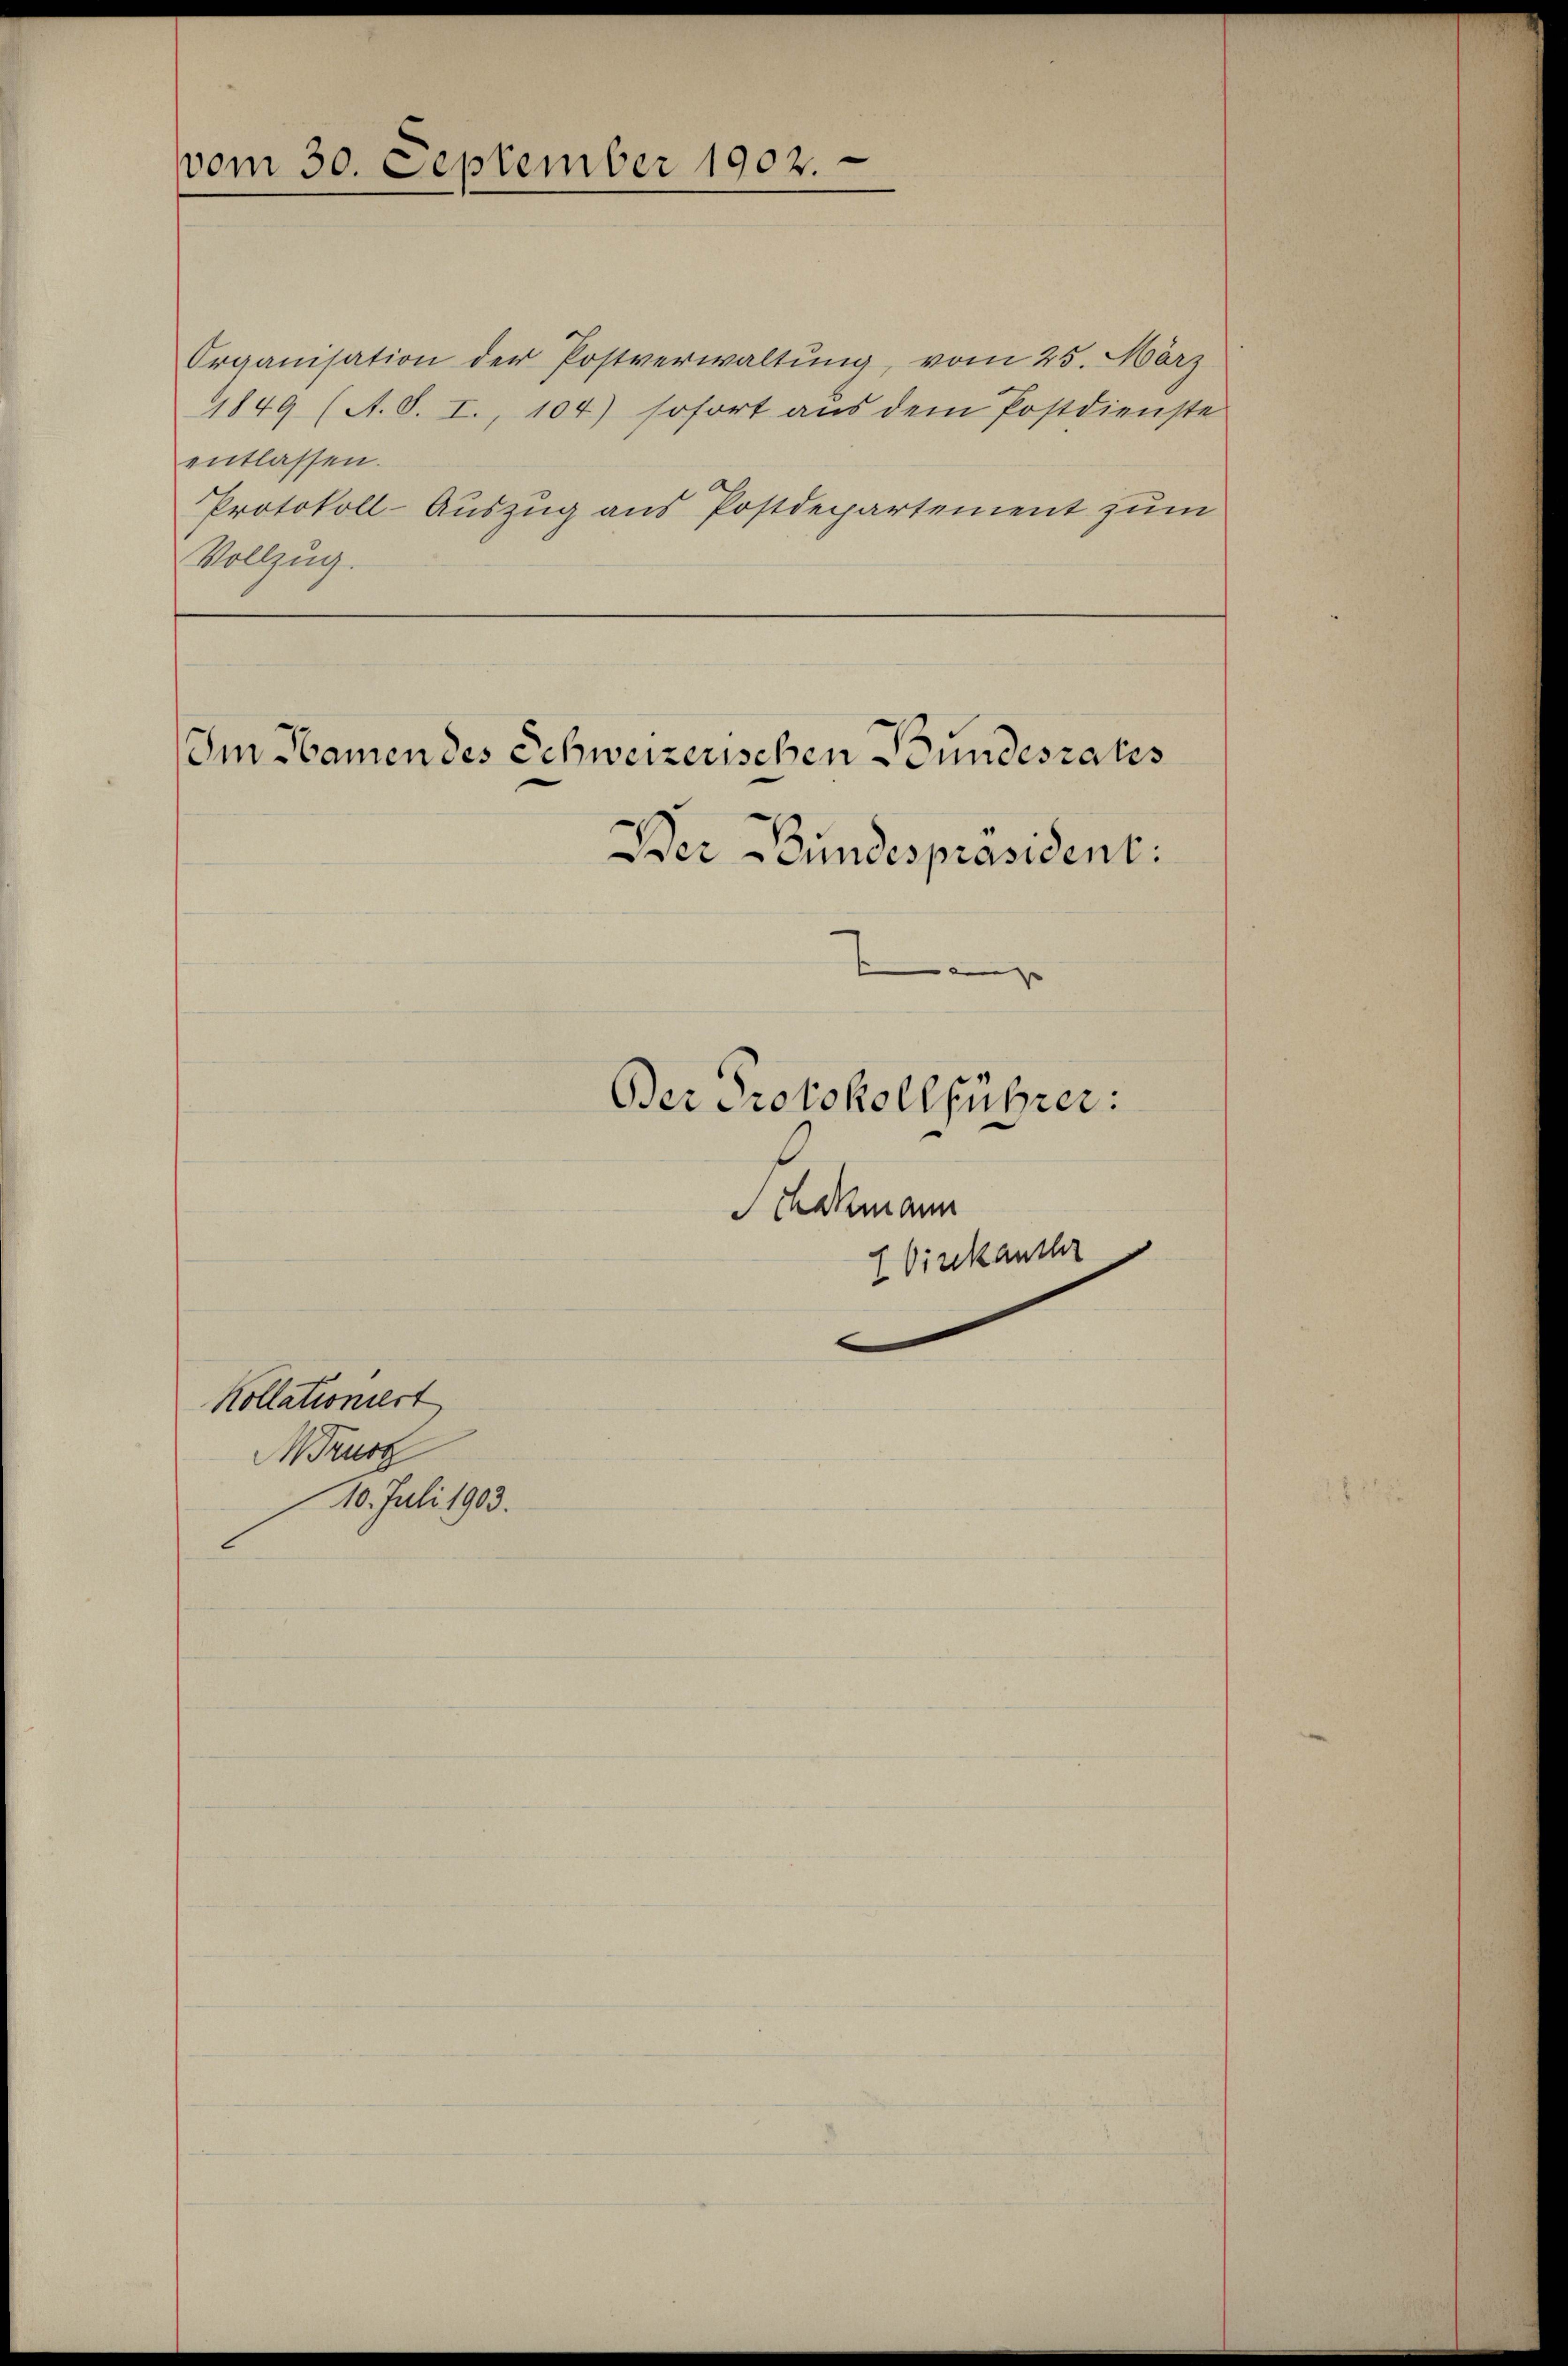
vom 30. September 1902.

Organisation der Postverwaltung, vom 25. März
1849 (A. S. I., 104) sofort aus dem Postdienste
entlassen.
Protokoll-Auszug aus Postdepartement zum
Vollzug.

Im Namen des Schweizerischen Bundesrates

Kollationiert
Mrurg
10. Juli 1903.

Der Bundespräsident:

Der Protokollführer:
Schemann
 Vinckanthr